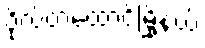
ဗိုလ်တထောင်မြို့နယ်